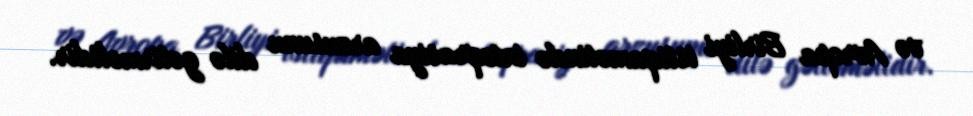
və Avropa Birliyi istiqamətində inteqrasiya arzusunu dilə gətirməlidir.